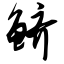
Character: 鲚